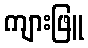
ကျားဖြူ